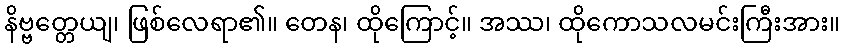
နိဗ္ဗတ္တေယျ၊ ဖြစ်လေရာ၏။ တေန၊ ထိုကြောင့်။ အဿ၊ ထိုကောသလမင်းကြီးအား။